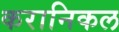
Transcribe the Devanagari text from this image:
करानिकल